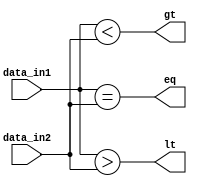
module comp_8(input[7:0] data_in1, data_in2, output eq, gt, lt);
    assign eq = data_in1==data_in2;
    assign gt = data_in1<data_in2;
    assign lt = data_in1>data_in2;
endmodule